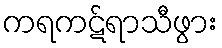
ကရကဋ်ရာသီဖွား